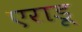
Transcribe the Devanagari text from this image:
एराडू